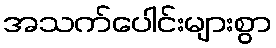
အသက်ပေါင်းများစွာ